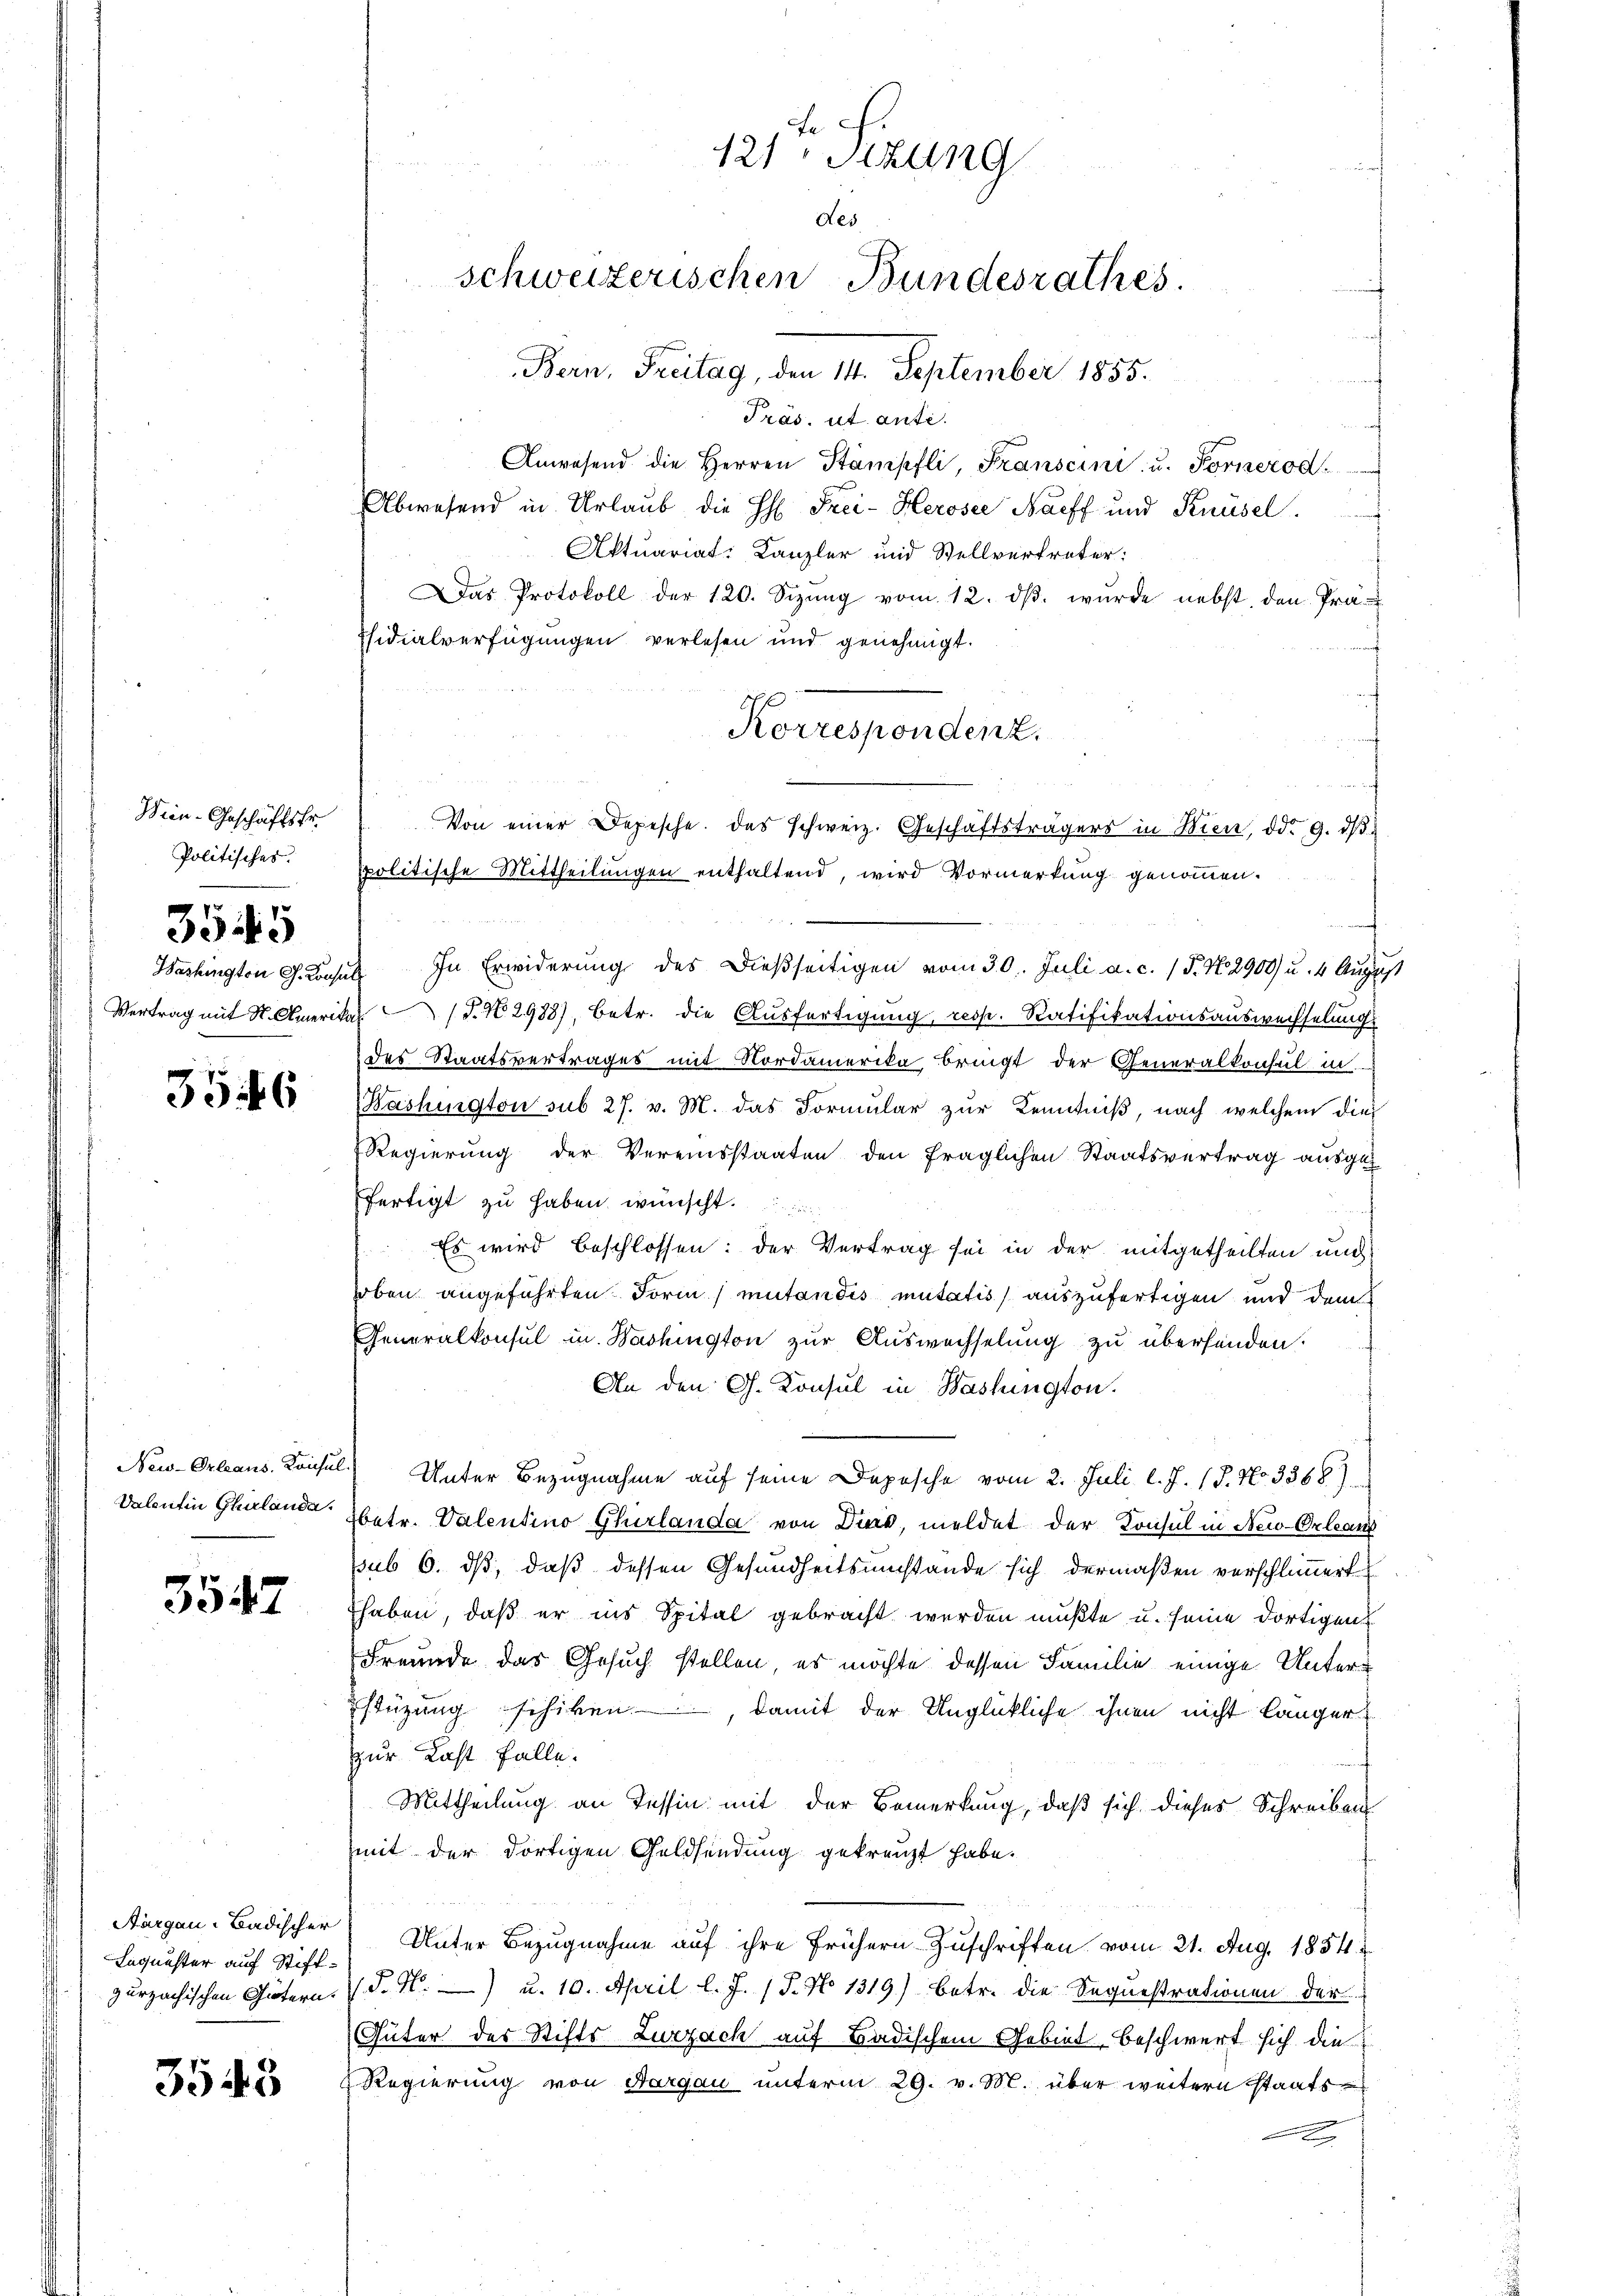
Wien-Geschäftsfr.
3545

356

Valentin Churlanda

3547

Aargau-Badischer
Laquester auf Stiffzurzachischen Gütern.

3543

Präs. ut anti.
Anwesend die Herren Stämpfli, Franscini u. Fornerod
Abwesend in Urlaub die H: Frei-Heroser Bacff und Knüsel.
Aktuariat Kanzler und Stellvertreter:
Das Protokoll der 120. Sizŭng vom 12. dβ. wurde nebst den Prä-
fsidialverfügungen verlesen und genehmigt.
Politisches politische Mittheilungen enthaltend, wird Vormerkung genommen.
Washington G. Koches In Erwiderung des dießseitigen vom 30. Juli a. c. (T. No 2900) u. 4 August
Vertrag mit St. Amerikas P. N. 2988), betr. die Ausfertigung, resp. Ratifikationsauswechselungs
des Staatsvertrages mit Nordamerika bringt der Generalkonsul in
Bashington sub 27. v. M. das Formular zur Kenntniß, nach welchem die
Regierung der Vereinsstaaten den fraglichen Staatsvertrag ausgez
fertigt zu haben wünscht.
Es wird beschlossen: der Vertrag sei in der mitgetheilten und
oben angeführten Form mutandis mutatis auszufertigen und dem
Generalkonsul in Washington zŭr Aŭswechselung zu übersenden.
An den G. Konsul in Washington.
New-Orleans Konsul Unter Bezugnahme auf seine Depesche vom 2. Juli l. J. 17. No 3388)
betr. Valentino Ghirlanda von Dir, meldet der Konsul in New-Orleans
ssub 6. ds, daß dessen Gesundheitsumstände sich dermaßen verschlimmert
haben, daß er ins Spital gebracht werden mußte u. seine dortigen
Freunde das Gesuch stellen, es möchte dessen Familie einige Unterstüzung schiken, damit der Unglückliche ihnen nicht länger
zur Last falle.
Mittheilung an Tessin mit der Bemerkung, daß sich dieses Schreiben
mit der dortigen Geldsendung gekreuzt habe.
Unter Bezugnahme auf ihre frühern Zuschriften vom 21. Aug. 1854
.S. M. u. 10. April l. J. 17. No 1319) Betr. die Sequestrationen der
Güter des Stifts Zurzach auf Badischem Gebiet, beschwert sich die
Regierung von Aargau unterm 29. v. M. über weitern staats
n

121Stzung
des
schweizerischen Bundesrathes.
Bern, Freitag, den 14. September 1855.

Korrespondent.

Von einer Depesche. Das schweiz. Geschäftsträgers in Wien, ddo 9. dβ